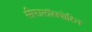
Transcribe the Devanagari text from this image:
सीफालॉसपोरिन